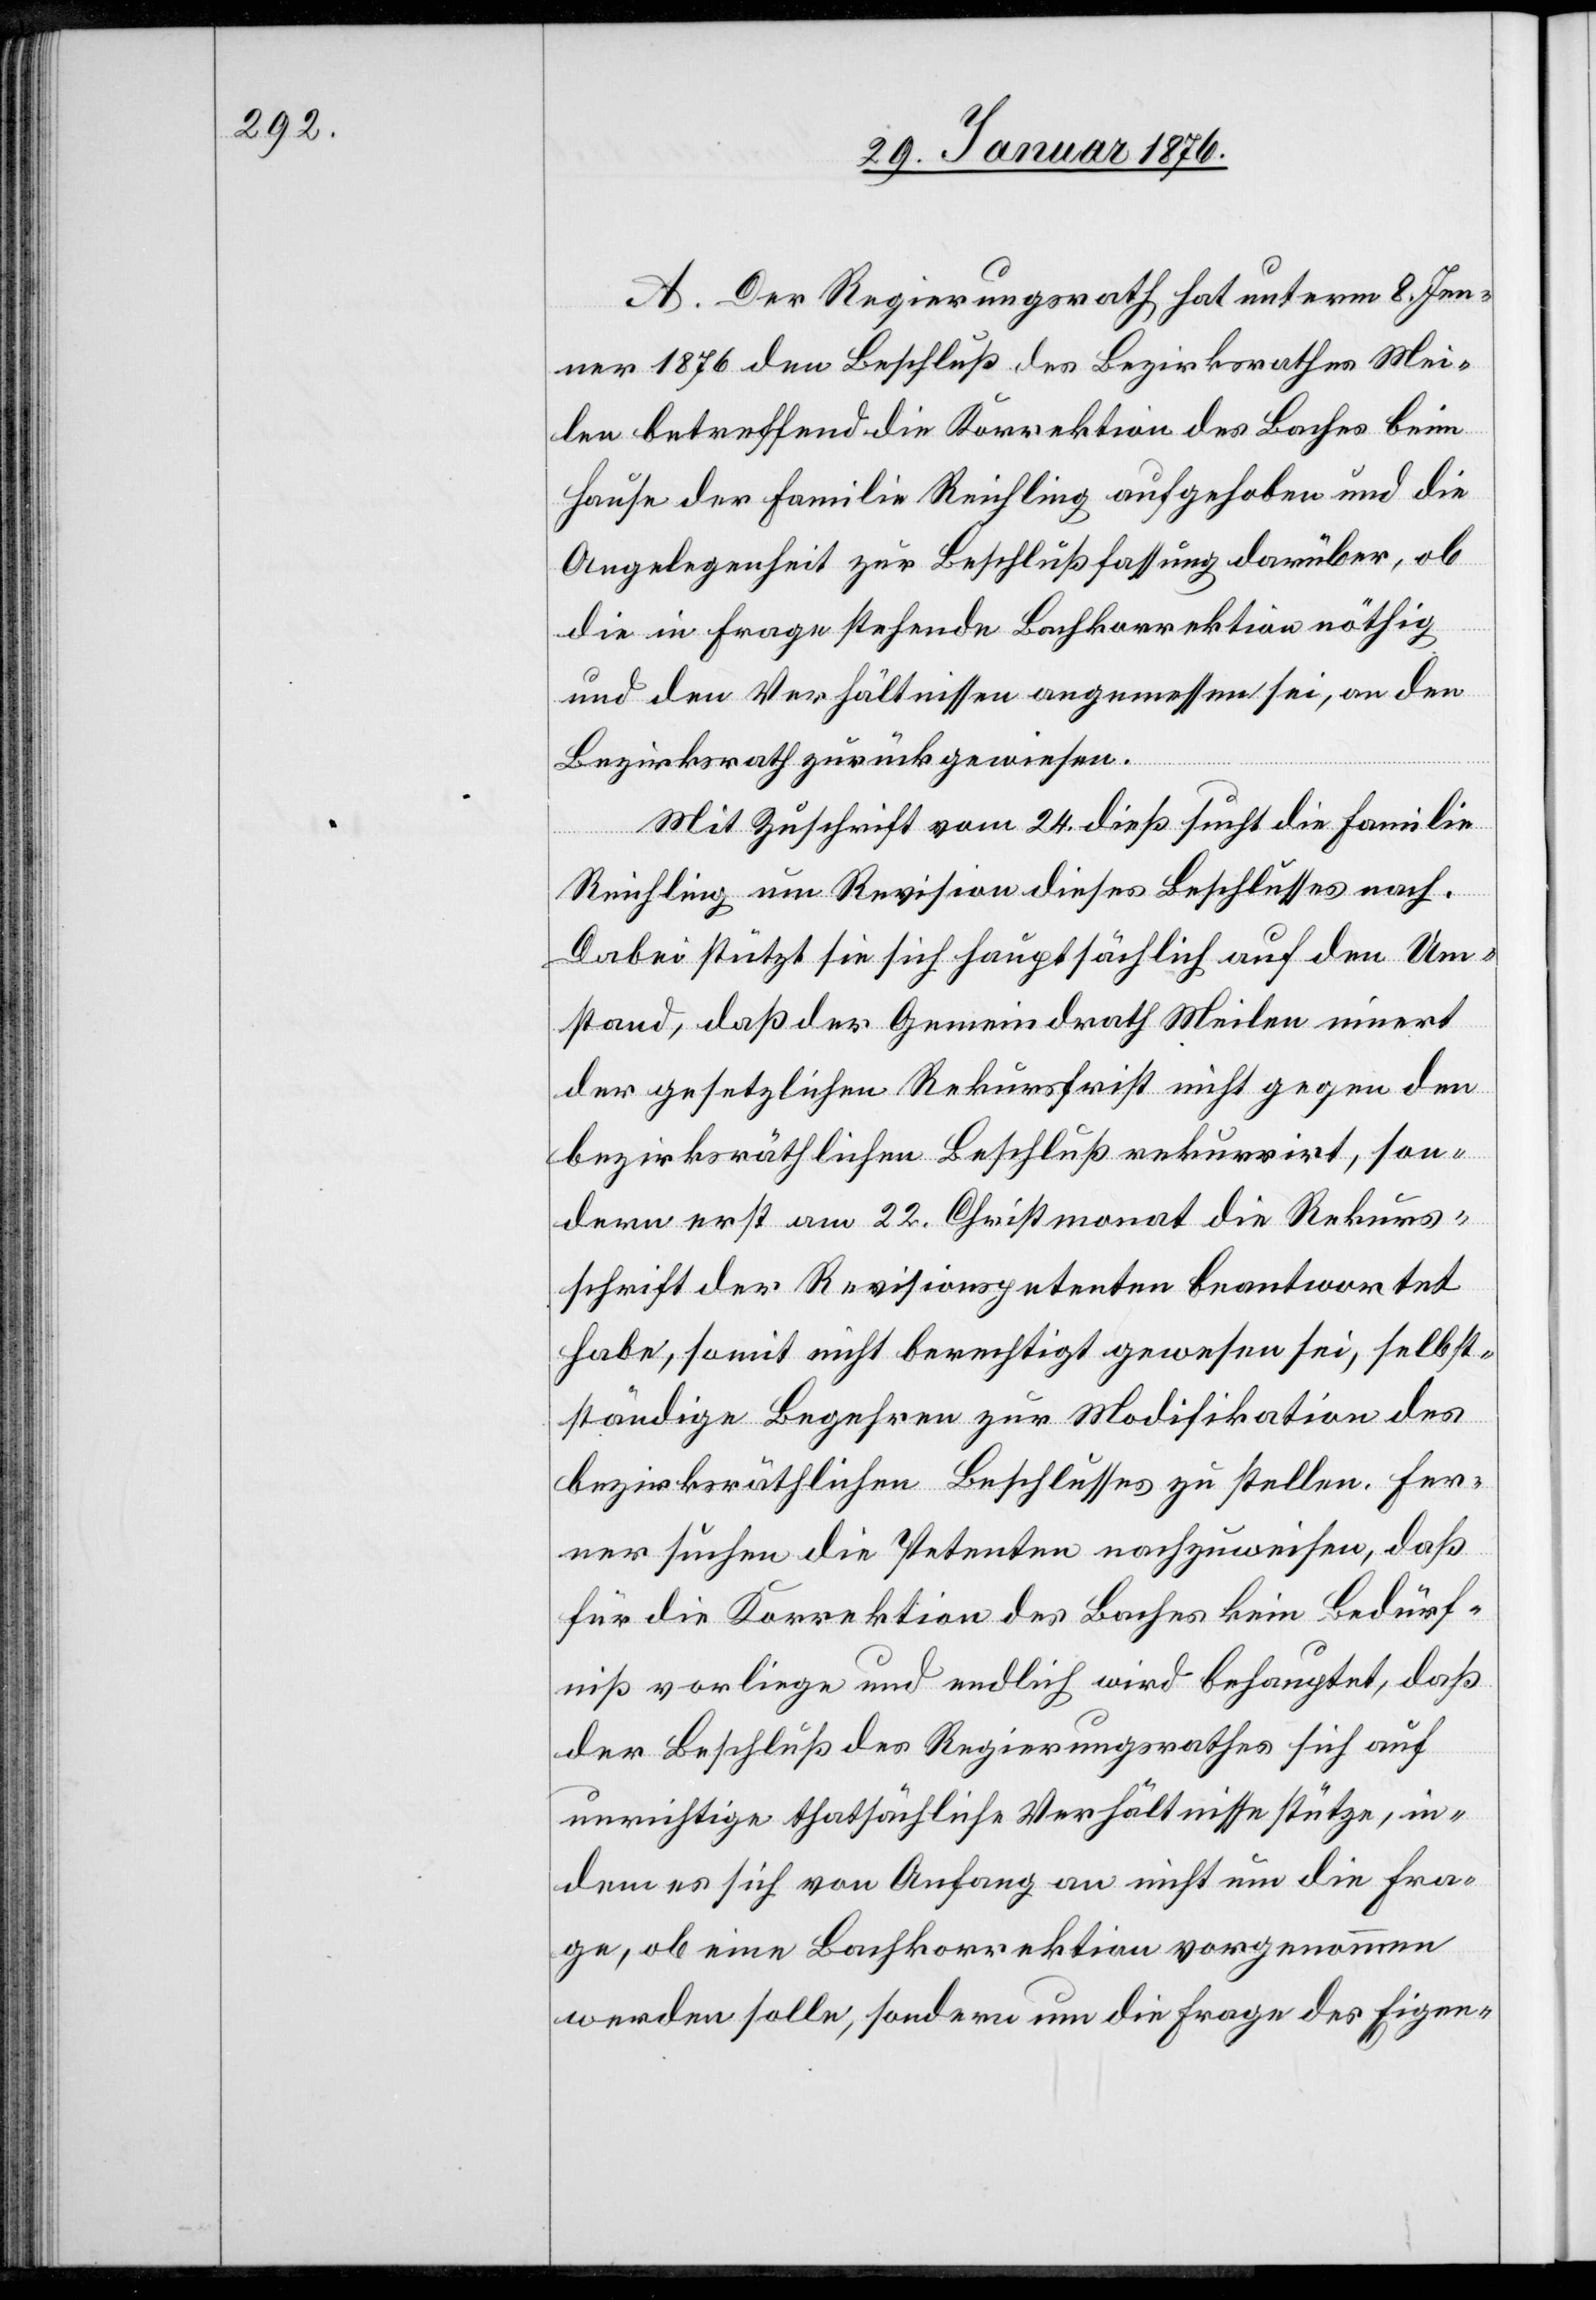
A. Der Regierungsrath hat unterm 8. Jen¬
ner 1876 den Beschluß des Bezirksrathes Mei¬
len betreffend die Korrektion des Baches beim
Hause der Familie Reichling aufgehoben und die
Angelegenheit zur Beschlußfassung darüber, ob
die in Frage stehende Bachkorrektion nöthig
und den Verhältnissen angemessen sei, an den
Bezirksrath zurückgewiesen.
Mit Zuschrift vom 24. dieß sucht die Familie
Reichling um Revision dieses Beschlusses nach.
Dabei stützt sie sich hauptsächlich auf den Um¬
stand, daß der Gemeindrath Meilen innert
der gesetzlichen Rekursfrist nicht gegen den
bezirksräthlichen Beschluß rekurrirt, son¬
dern erst am 22. Christmonat die Rekurs¬
schrift der Revisionspetenten beantwortet
habe, somit nicht berechtigt gewesen sei, selbst¬
ständige Begehren zur Modifikation des
bezirksräthlichen Beschlusses zu stellen. Fer¬
nen suchen die Petenten nachzuweisen, daß
für die Korrektion des Baches kein Bedürf¬
niß vorliege und endlich wird behauptet, daß
der Beschluß des Regierungsrathes sich auf
unrichtige thatsächliche Verhältnisse stütze, in¬
dem es sich von Anfang an nicht um die Fra¬
ge, ob eine Bachkorrektion vorgenommen
werden solle, sondern um die Frage des Eigen-